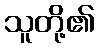
သူတို့၏